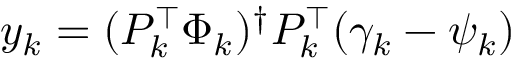
y _ { k } = ( P _ { k } ^ { \top } \Phi _ { k } ) ^ { \dagger } P _ { k } ^ { \top } ( \gamma _ { k } - \psi _ { k } )